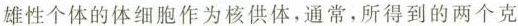
雄性个体的体细胞作为核供体，通常，所得到的两个克